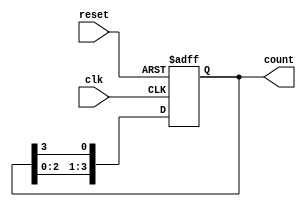
module ring_counter #(
    parameter N = 4  // Number of flip-flops
)(
    input wire clk,   // Clock input
    input wire reset, // Asynchronous reset
    output reg [N-1:0] count // Output representing the current state
);

// Sequential logic for the ring counter
always @(posedge clk or posedge reset) begin
    if (reset) begin
        // Initialize the counter to '0001'
        count <= 1'b1;
    end else begin
        // Shift the '1' to the next flip-flop
        count <= {count[N-2:0], count[N-1]}; // Rotate right
    end
end

endmodule